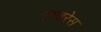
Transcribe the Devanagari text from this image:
एम्बरेस